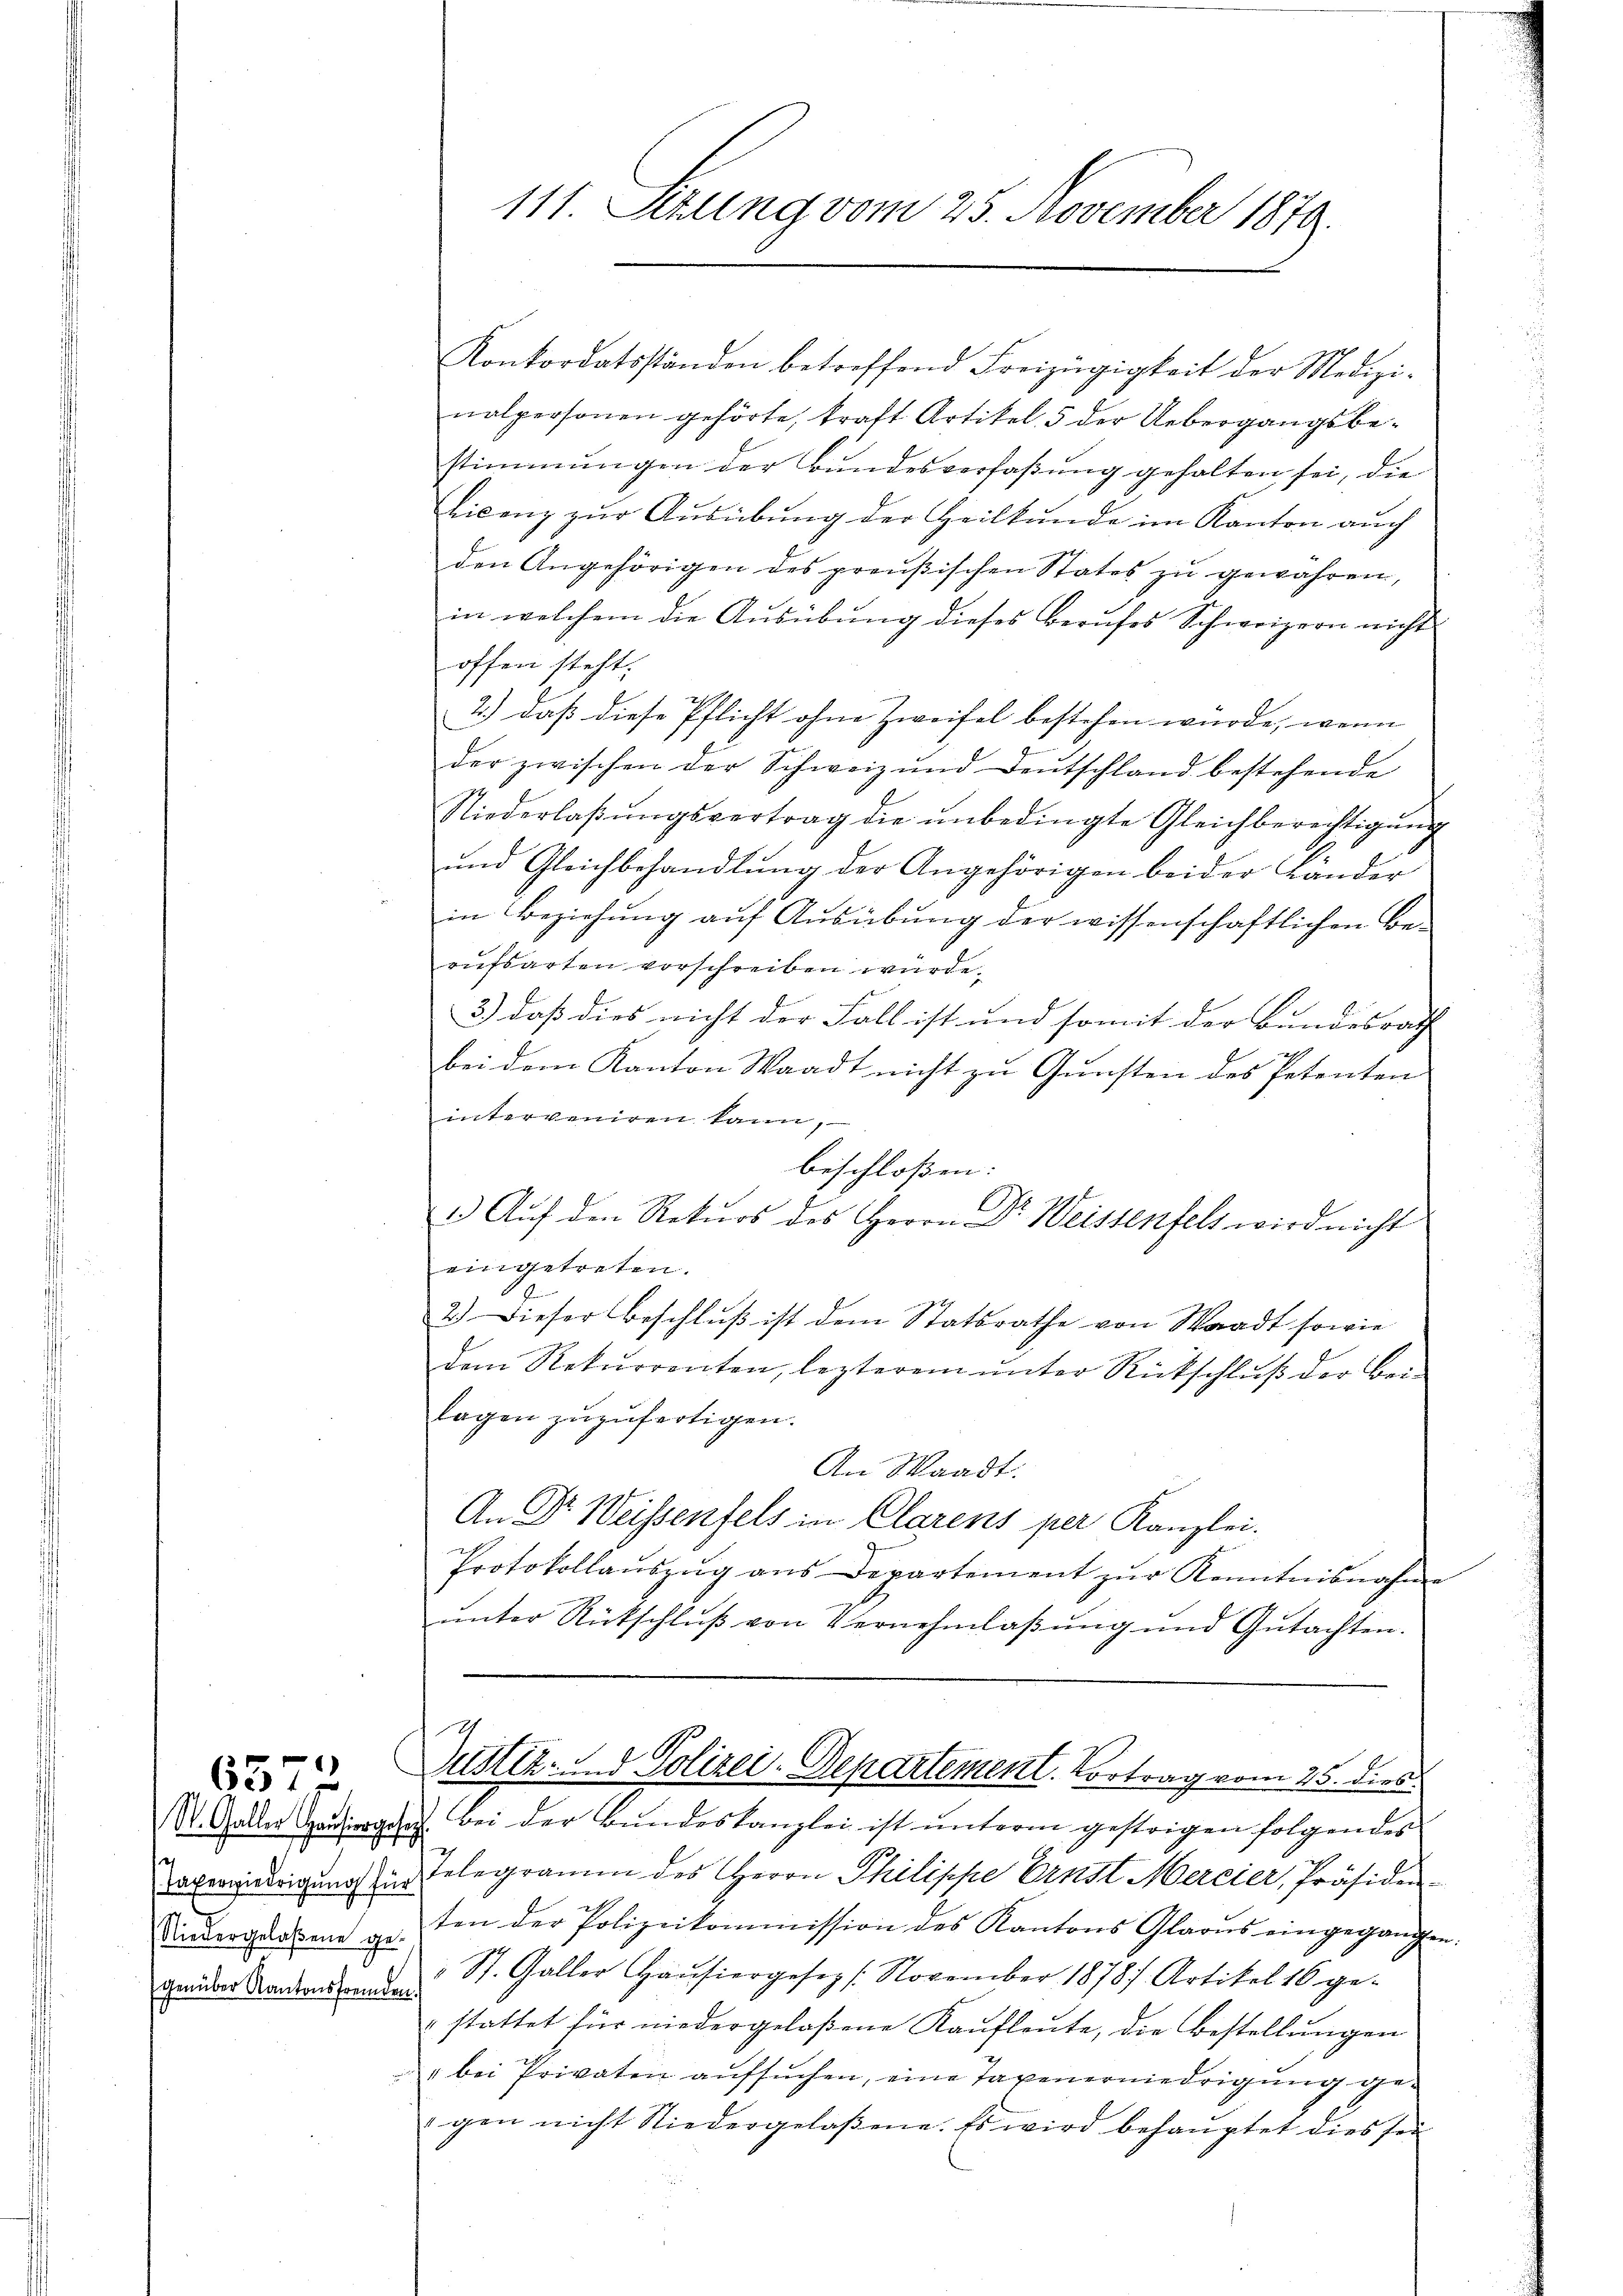
6572

genüber Kantonsfremden

Konkordatsständen betreffend Freizügigkeit der Medizi-
nalpersonen gehörte, kraft Artikel 5 der Uebergangsbestimmungen der Bundesverfaßung gehalten sei, die
Licenz zur Ausübung der Heilkunde im Kanton auch
den Angehörigen des preußischen States zŭ gewahren,
in welchem die Ausübung dieses Berufes Schweizern nicht
offen steht,
T
2.) daβ diese Pflicht ohne Zweifel bestehen würde, wenn
der zwischen der Schweiz und Deutschland bestehende
Niederlaβŭngsvertrag die ŭnbedingte Gleichberechtigŭng
und Gleichbehandlung der Angehörigen beider Länder
in Beziehung auf Ausübung der wissenschaftlichen Be-
rufsarten vorschreiben würde.
3.) daß dies nicht der Fall ist und somit der Bundesrath
h
bei dem Kanton Waadt nicht zu Gunsten des Petenten
interveniren kann,
beschloßen:
1. Aŭf den Rekurs des Herrn Dr. Weistenfels wird nicht
eingetreten.
E
2.) Dieser Beschlŭβ ist dem Statsrathe von Waadt sowie
dem Rekŭrrenten, lezterem ŭnter Rückschlŭβ der Bei-
lagen zuzufertigen.
An Waadt.
An Dr Weissenfels in Clarens per Kanzlei.
Protokollaŭszŭg ans Departement zŭr Kenntnisnahm
ŭnter Rückschlŭβ von Vernehmlaβŭng und Gutachten.
21
ustiz- & Polizei-Departement. Vortrag vom 25. dies
St. Galler Hausorgen. Bei der Bundeskanzlei ist unterm gestrigen folgendes
averwiedrigung zur Telegramm des Herrn Philippe Ernst Mercier, Präsiden-
Dievergraben geten der Polizeikommission des Kantons Glarus eingegangen.
2 St. Galler Haŭsiergesez /: November 1878 Artikel 16 ge-
stattet für niedergelaßene Kaŭfleute, die Bestellŭngen
" bei Privaten aŭfsŭchen, eine Tagenerniedrigŭng ge-
gen nicht Niedergelaßene. Es wird behauptet dies sei

111. Sekung vom 25. November 1879.